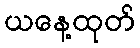
ယနေ့ထုတ်